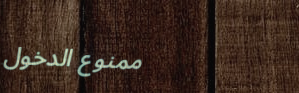
ممنوع الدخول